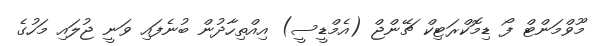
މޫވްމަންޓް ފޯ ޑިމޮކްރަޓިކް ޗޭންޖް (އެމްޑީސީ) އިއްތިހާދުން ބުނެފައި ވަނީ ޖުލައި މަހުގެ